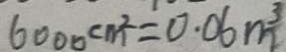
6 0 0 0 c m ^ { 2 } = 0 . 0 6 m ^ { 3 }